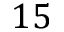
1 5